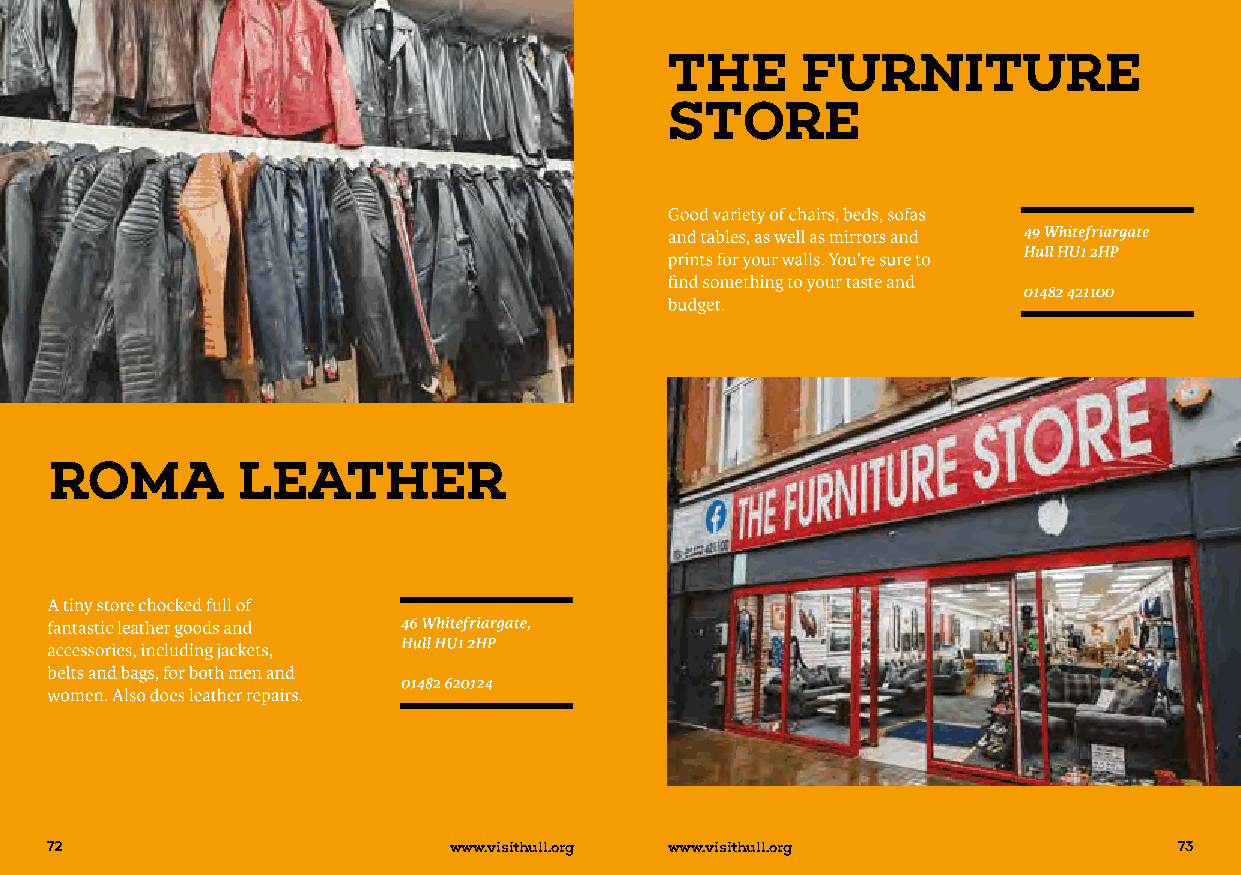
72                         www.visithull.org www.visithull.org             73